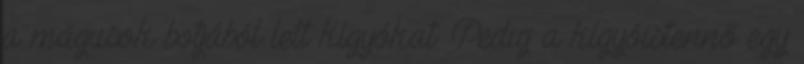
a mágusok botjából lett kígyókat. Pedig a kígyóistennő egy